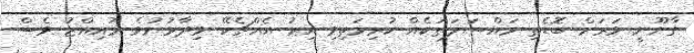
ގާނޫނީ ވަރަށް ބޮޑެތި މައްސަލަތަކެއް ކުރިމަތިވި އިރު އެއްޗެކޭ ވިދާޅުނުވެ މުއިއްޒު ވެސް